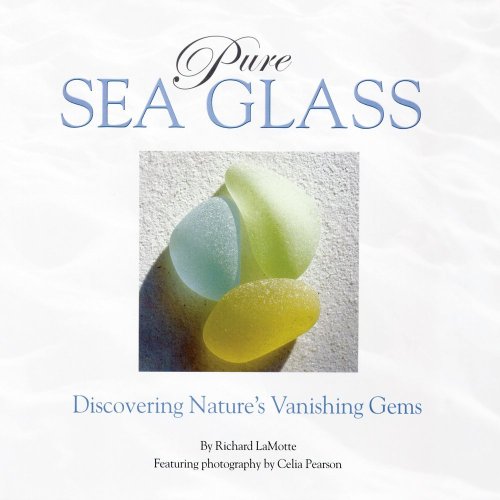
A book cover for Pure Sea Glass: Discovering Nature's Vanishing Gems; Richard LaMotte; Crafts, Hobbies & Home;